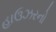
હાઉઝરનો